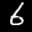
Label: 6